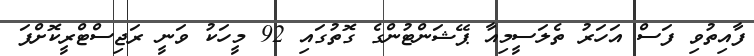
ފާއިތުވި ފަސް އަހަރު ތެލަސީމިއާ ޕޭޝަންޓުންގެ ގޮތުގައި 92 މީހަކު ވަނީ ރަޖިސްޓްރީކޮށްފަ